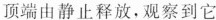
顶端由静止释放，观察到它